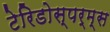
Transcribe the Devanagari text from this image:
टेरिडोस्पर्म्स